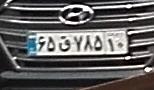
۶۵ق۷۸۵۱۰